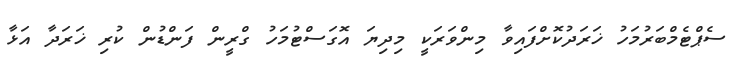
ސެޕްޓެމްބަރުމަހު ޚަރަދުކޮށްފައިވާ މިންވަރަކީ މިދިޔަ އޮގަސްޓުމަހު ގްރީން ފަންޑުން ކުރި ޚަރަދާ އަޅާ